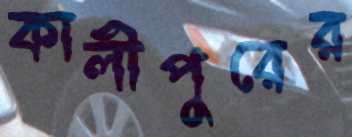
কালীপুরের